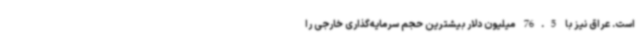
است. عراق نیز با 76.5 میلیون دلار بیشترین حجم سرمایه‌گذاری خارجی را